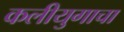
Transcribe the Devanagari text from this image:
कलीयुगाचा